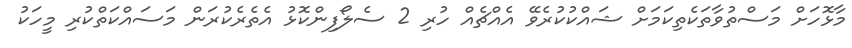
މާޅޮހަށް މަސްތުވާތަކެތިކަމަށް ޝައްކުކުރެވޭ އެއްޗެއް ހުރި 2 ސެލޯފިންކޮޅު އެތެރެކުރަން މަސައްކަތްކުރި މީހަކު